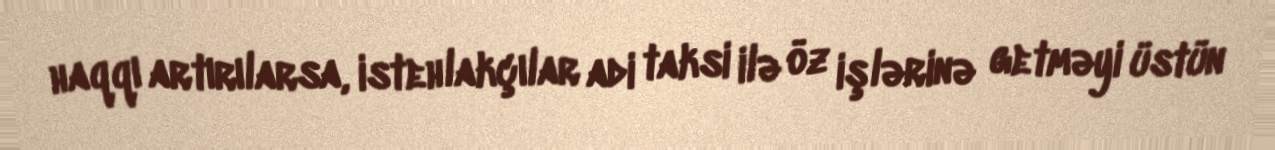
haqqı artırılarsa, istehlakçılar adi taksi ilə öz işlərinə getməyi üstün